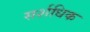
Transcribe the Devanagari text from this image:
सर्शधिक